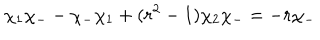
LaTeX: \chi _ { 1 } \chi _ { - } - \chi _ { - } \chi _ { 1 } + ( r ^ { 2 } - 1 ) \chi _ { 2 } \chi _ { - } = - r \chi _ { - }